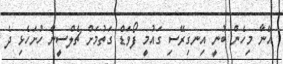
އޭނާ މިހެން ބުނީ އިނގިރޭސި ގައުމީ ފޯވަޑް ގަތުމަށް ޗެލްސީން ހުށަހެޅި ދެ